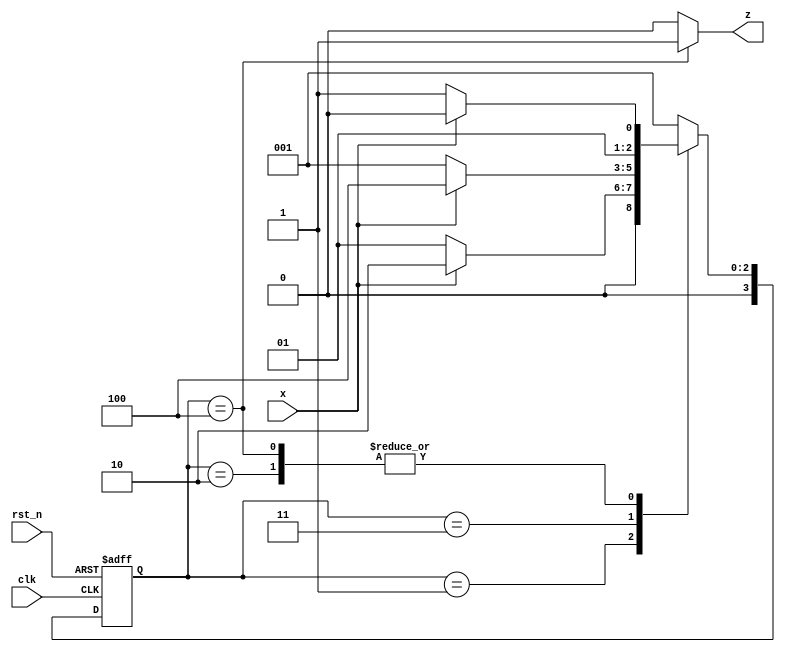
`timescale 1ns / 1ps
//////////////////////////////////////////////////////////////////////////////////
// Company: 
// Engineer: 
// 
// Design Name: 
// Module Name:    Mealy_sequence_detector_ov 
// Project Name: 
// Target Devices: 
// Tool versions: 
// Description: 
//
// Dependencies: 
//
// Revision: 
// Revision 0.01 - File Created
// Additional Comments: 
//
//////////////////////////////////////////////////////////////////////////////////
module mealy_sequence_detector_ol(input clk, input rst_n, input x, output z);
  parameter A = 4'h1;
  parameter B = 4'h2;
  parameter C = 4'h3;
  parameter D = 4'h4;
  
  reg [3:0] state, next_state;
  always @(posedge clk or negedge rst_n) begin
    if(!rst_n) begin 
      state <= A;
    end
    else state <= next_state;
  end
  
  always @(state or x) begin
    case(state)
      A: begin
           if(x == 0) next_state = A;
           else       next_state = B;
         end
      B: begin
           if(x == 0) next_state = C;
           else       next_state = B;
         end
      C: begin
           if(x == 0) next_state = A;
           else       next_state = D;
         end
      D: begin
           if(x == 0) next_state = C;
           else       next_state = B;
         end
      default: next_state = A;
    endcase
  end
  assign z = (state == D)? 1:0;
endmodule